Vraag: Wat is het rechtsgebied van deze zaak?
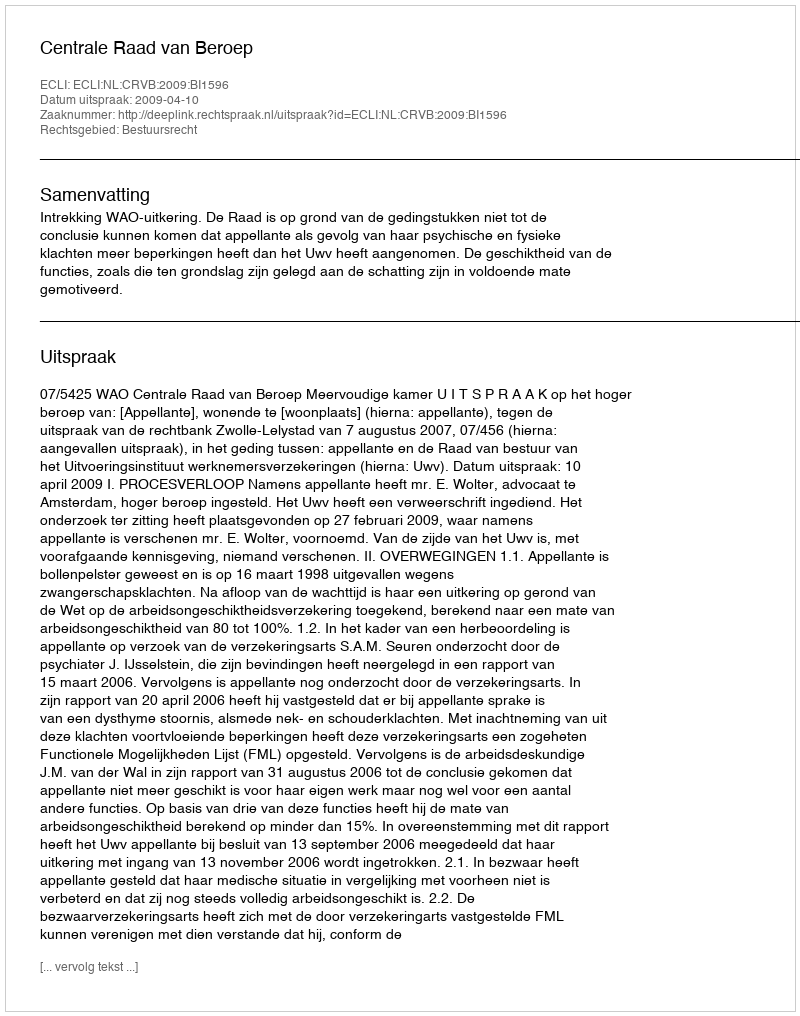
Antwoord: Bestuursrecht